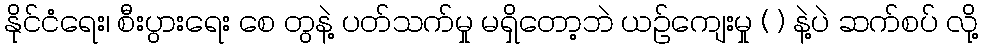
နိုင်ငံရေး၊ စီးပွားရေး စေ တွနဲ့ ပတ်သက်မှု မရှိတော့ဘဲ ယဉ်ကျေးမှု ( ) နဲ့ပဲ ဆက်စပ် လို့